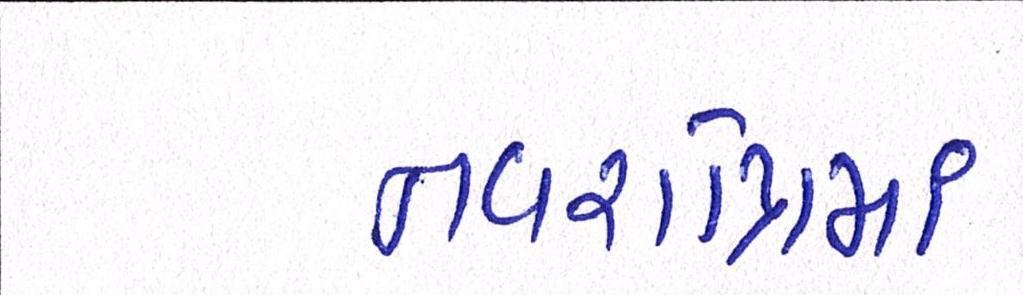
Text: નવરાત્રિમાં